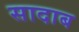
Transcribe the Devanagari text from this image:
सादाब